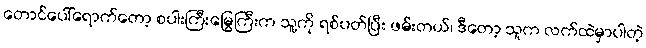
တောင်ပေါ်ရောက်တော့ စပါးကြီးမြွေကြီးက သူ့ကို ရစ်ပတ်ပြီး ဖမ်းတယ်၊ ဒီတော့ သူက လက်ထဲမှာပါတဲ့